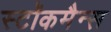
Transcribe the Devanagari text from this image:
स्टॉकमैन्स